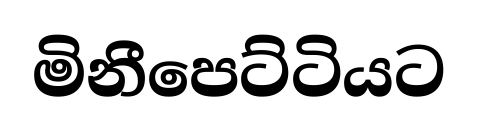
මිනීපෙට්ටියට